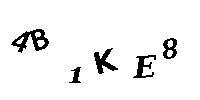
4B1KE8